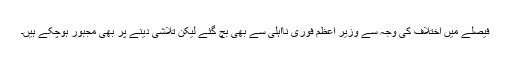
فیصلے میں اختلاف کی وجہ سے وزیر اعظم فوری نااہلی سے بھی بچ گئے لیکن تلاشی دینے پر بھی مجبور ہوچکے ہیں۔